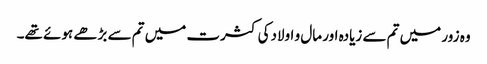
وہ زور میں تم سے زیادہ اور مال و اولادکی کثرت میں تم سے بڑھے ہوئے تھے۔